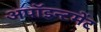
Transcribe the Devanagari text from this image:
अपॉइन्टमेंट